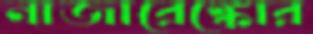
নাজারেঙ্কোর